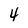
Character: 4